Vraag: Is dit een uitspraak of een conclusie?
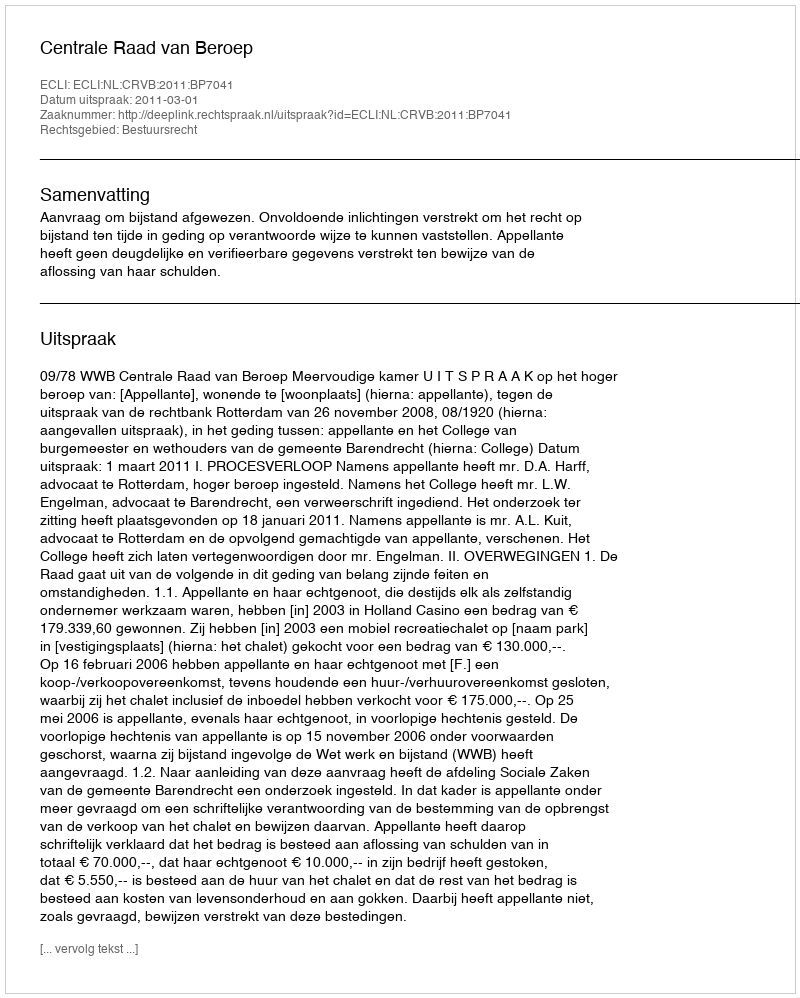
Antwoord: Uitspraak